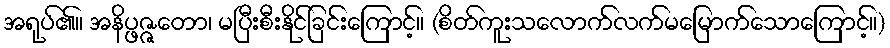
အရုပ်၏။ အနိပ္ဖဇ္ဇတော၊ မပြီးစီးနိုင်ခြင်းကြောင့်။ (စိတ်ကူးသလောက်လက်မမြောက်သောကြောင့်။)